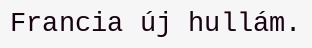
Francia új hullám.